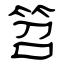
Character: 笤